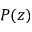
P ( z )